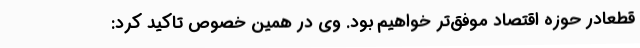
قطعادر حوزه اقتصاد موفق‌تر خواهیم بود. وی در همین خصوص تاکید کرد: